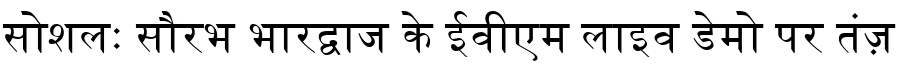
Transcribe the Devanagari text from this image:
सोशलः सौरभ भारद्वाज के ईवीएम लाइव डेमो पर तंज़